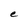
Character: e